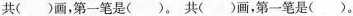
共( )画，第一笔是( )。共( )画，第一笔是( )。